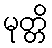
မုတ္တိ